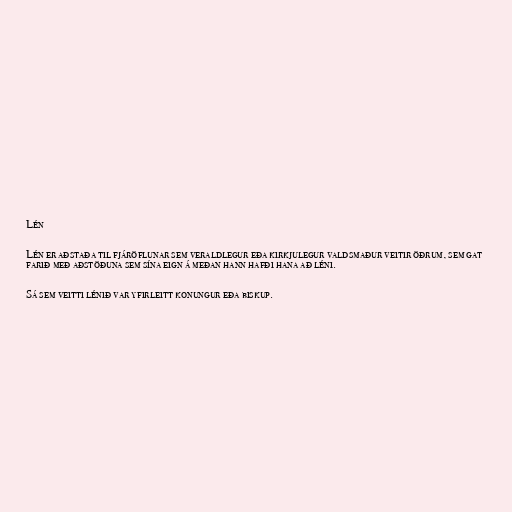
Lén

Lén er aðstaða til fjáröflunar sem veraldlegur eða kirkjulegur valdsmaður veitir öðrum, sem gat
farið með aðstöðuna sem sína eign á meðan hann hafði hana að léni.

Sá sem veitti lénið var yfirleitt konungur eða biskup.